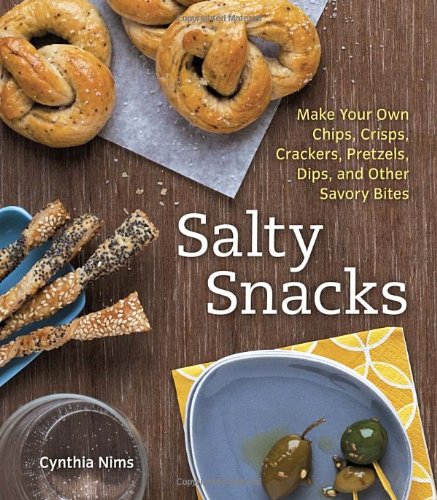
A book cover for Salty Snacks: Make Your Own Chips, Crisps, Crackers, Pretzels, Dips, and Other Savory Bites; Cynthia Nims; Cookbooks, Food & Wine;